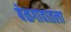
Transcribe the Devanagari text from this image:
बेळगावातला